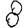
Digit: 8